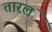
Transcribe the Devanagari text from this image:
तारलं